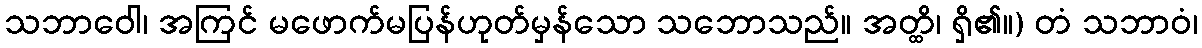
သဘာဝေါ၊ အကြင် မဖောက်မပြန်ဟုတ်မှန်သော သဘောသည်။ အတ္ထိ၊ ရှိ၏။) တံ သဘာဝံ၊